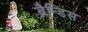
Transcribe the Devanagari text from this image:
ब्रैन्डिस